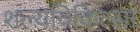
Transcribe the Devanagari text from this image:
शल्‍यचिकित्‍सा